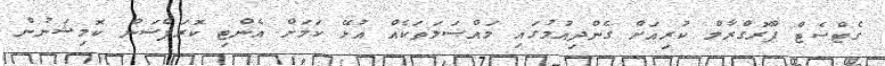
ގެޓްސެޓް ޕްރޮގްރާމް ކުރިއަށް ގެންދިއުމުގައި މައްސަލަތަކެއް އުޅޭ ކަމަށް އެންޓި ކޮރަޕްޝަން ކޮމިޝަނުން